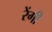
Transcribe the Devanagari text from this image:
रेंगी